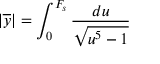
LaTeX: | \overline { { { y } } } | = \int _ { 0 } ^ { F _ { s } } \frac { d u } { \sqrt { u ^ { 5 } - 1 } }